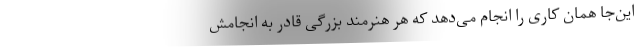
این‌جا همان کاری را انجام می‌دهد که هر هنرمند بزرگی قادر به انجامش